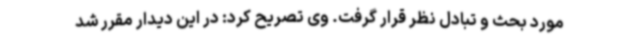
مورد بحث و تبادل نظر قرار گرفت. وی تصریح کرد: در این دیدار مقرر شد